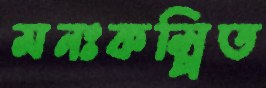
মনঃকল্পিত